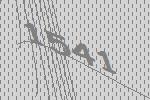
1541